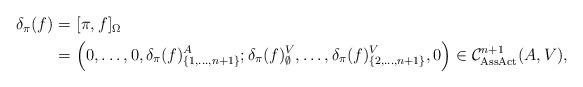
LaTeX: \begin{align*}\begin{aligned}\delta_\pi(f)=& \ [\pi, f]_{\Omega} \\=& \ \Big(0,\ldots,0,\delta_\pi(f)^A_{\{1,\ldots,n+1\}}; \delta_\pi(f)^V_\emptyset,\ldots,\delta_\pi(f)^V_{\{2,\ldots,n+1\}}, 0\Big) \in \mathcal{C}_{\rm AssAct}^{n+1}(A,V) ,\end{aligned}\end{align*}